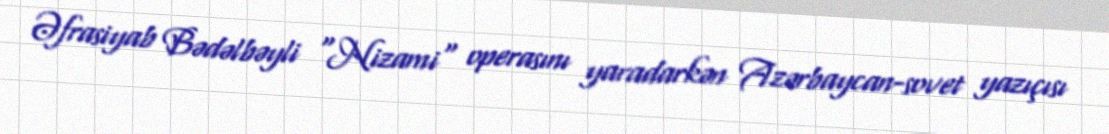
Əfrasiyab Bədəlbəyli "Nizami" operasını yaradarkən Azərbaycan-sovet yazıçısı